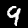
Label: 9